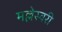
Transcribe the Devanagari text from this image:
मल्लेस्वरी